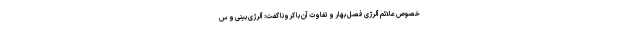
خصوص علائم آلرژی فصل بهار و تفاوت آن با کرونا گفت: آلرژی بینی و س